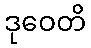
ဒုဝေတိ